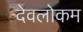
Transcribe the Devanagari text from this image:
देवलोकम